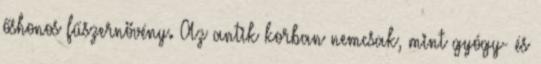
őshonos fűszernövény. Az antik korban nemcsak, mint gyógy- és